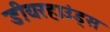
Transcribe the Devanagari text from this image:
डीयरहाउंड्स